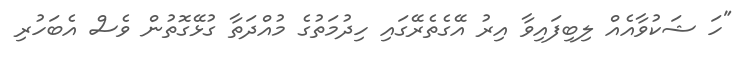
"ހަ ޝަކުވާއެއް ލިބިފައިވާ އިރު އޭގެތެރޭގައި ހިދުމަތުގެ މުއްދަތާ ގުޅޭގޮތުން ވެސް އެބަހުރި